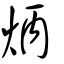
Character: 炳